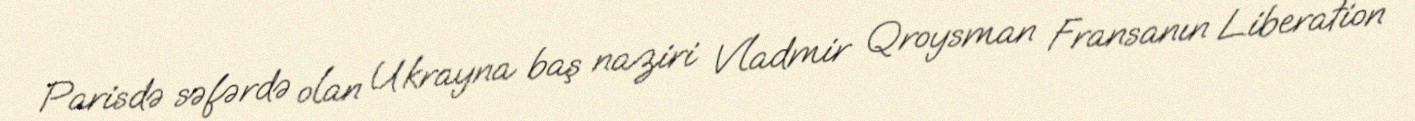
Parisdə səfərdə olan Ukrayna baş naziri Vladmir Qroysman Fransanın Liberation